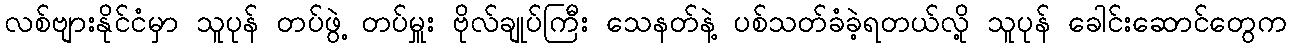
လစ်ဗျားနိုင်ငံမှာ သူပုန် တပ်ဖွဲ့ တပ်မှူး ဗိုလ်ချုပ်ကြီး သေနတ်နဲ့ ပစ်သတ်ခံခဲ့ရတယ်လို့ သူပုန် ခေါင်းဆောင်တွေက